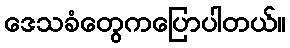
ဒေသခံတွေကပြောပါတယ်။